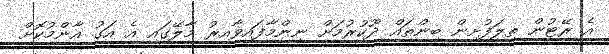
އެ ރޭޓުން ތިލަފުށިން ބިންތައް ދޫކުރުމަށް ނިންމާފައިވާއިރު މާލޭގައި އެ އަގު އާންމުކޮށް